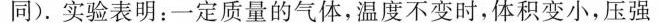
同)。实验表明：一定质量的气体，温度不变时，体积变小，压强